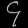
Digit: ၄